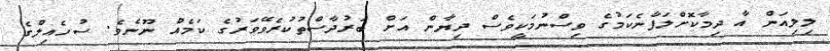
ލިލިއަން އާ ދިމާކޮށްލަފާނެކަމުގެ ވިސްނުމަކީވެސް ދިޔާން އަށް ބަރުދާސްތުކުރެވޭވަރުގެ ކަމެއް ނޫނެވެ. ސުހެއިލްގެ